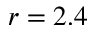
r = 2 . 4